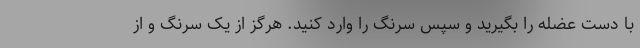
با دست عضله را بگیرید و سپس سرنگ را وارد کنید. هرگز از یک سرنگ و از